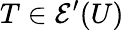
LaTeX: T\in{\mathcal{E}}^{\prime}(U)